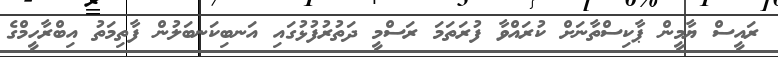
ރައީސް ޔާމީން ޕާކިސްތާނަށް ކުރައްވާ ފުރަތަމަ ރަސްމީ ދަތުރުފުޅުގައި އަނބިކަނބަލުން ފާތިމަތު އިބްރާހީމްގެ